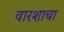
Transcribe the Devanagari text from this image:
वारशाचा